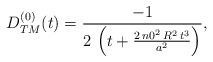
LaTeX: \begin{align*}\begin{array}{c}D_{TM}^{(0)}(t) = \displaystyle{\frac{-1}{2\,\left( t +\frac{2\,{n0}^2\,R^2\,t^3}{a^2} \right) }},\end{array}\end{align*}